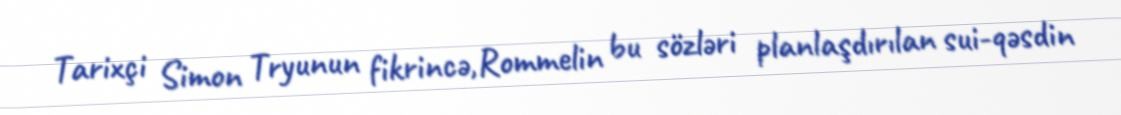
Tarixçi Simon Tryunun fikrincə,Rommelin bu sözləri planlaşdırılan sui-qəsdin